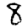
Digit: 8